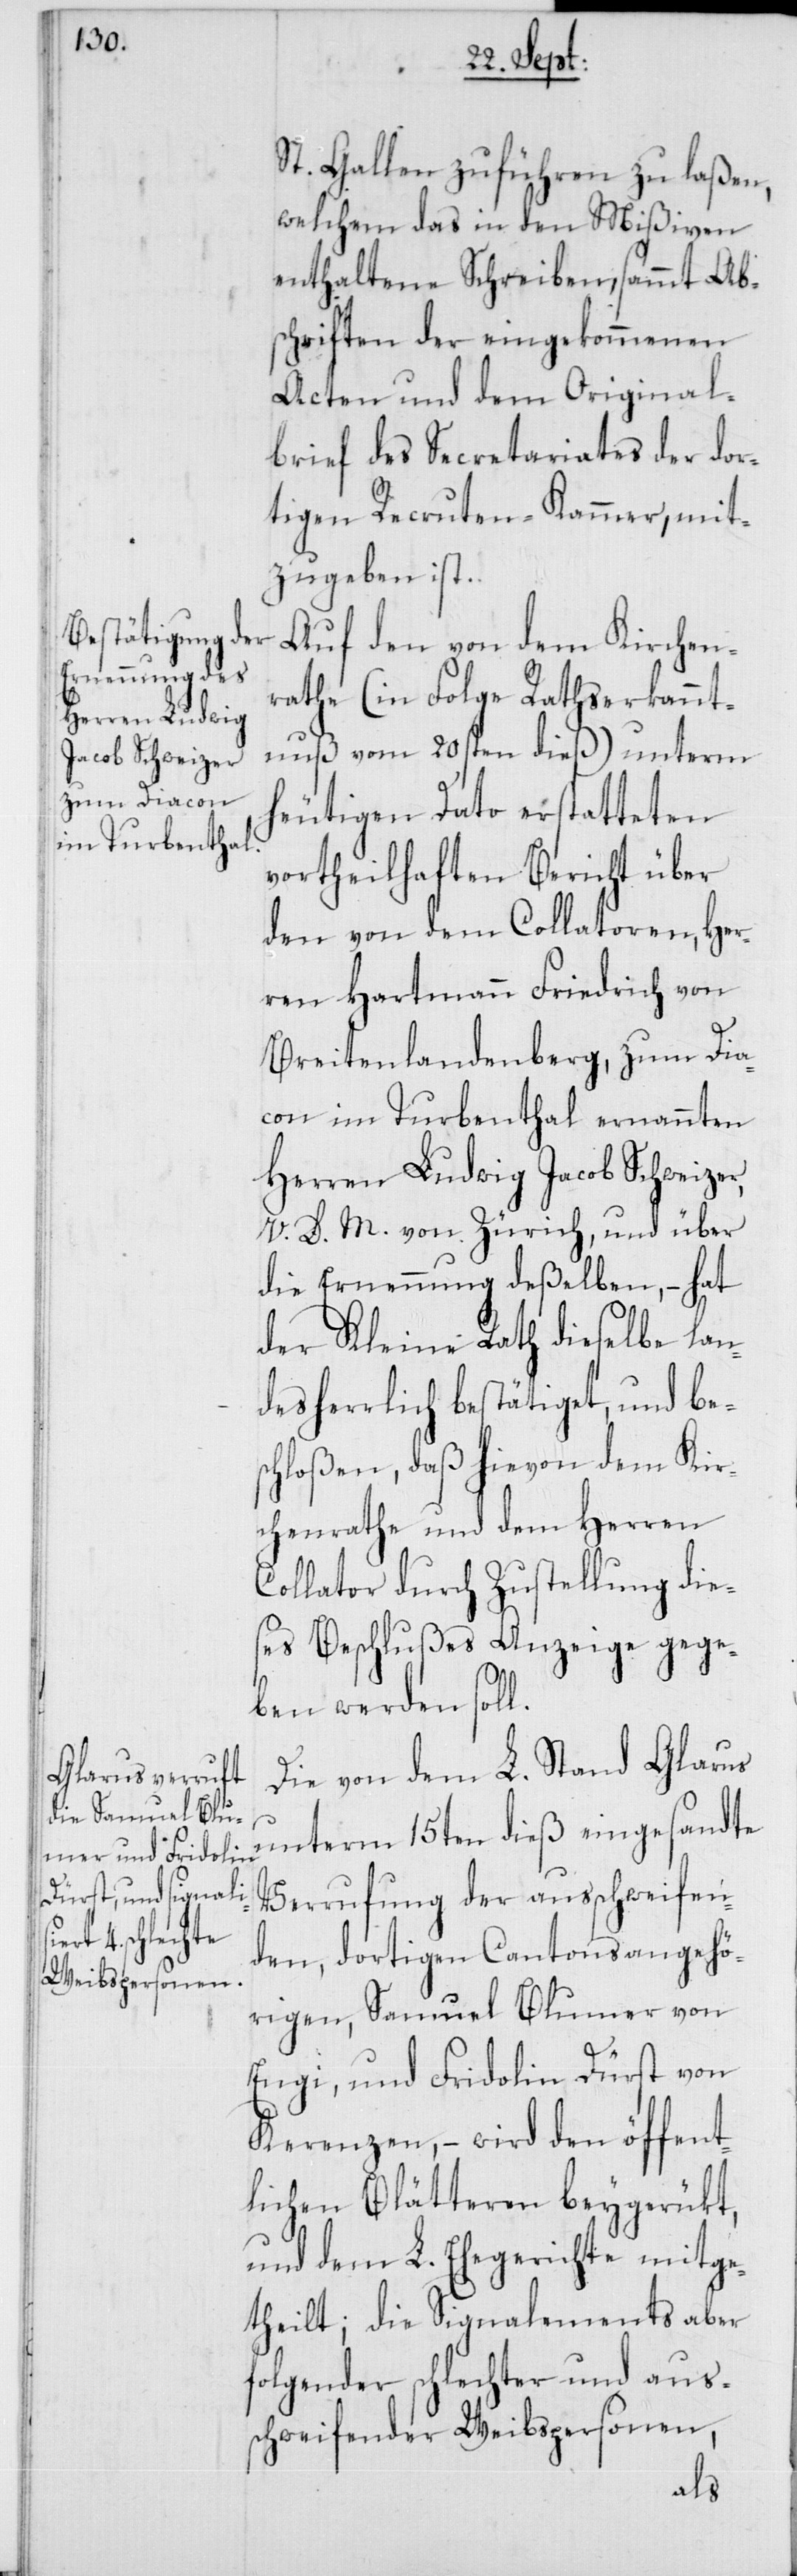
St. Gallen zuführen zu laßen,
welchem das in den Mißiven
enthaltene Schreiben, sammt Abs¬
chriften der eingekommenen
Acten und dem Original¬
brief des Secretariates der dor¬
tigen Recruten-Kammer, mit¬
zugeben ist.
Auf den von dem Kirchen¬
rathe (in Folge Rathserkannt¬
nuß vom 20sten dieß) unterm
heutigen Dato erstatteten
vortheilhaften Bericht über
den von dem Collatoren, Her¬
ren Hartmann Friedrich von
Breitenlandenberg, zum Dia¬
con im Turbenthal ernannten
Herren Ludwig Jacob Schweizer,
V. D. M. von Zürich, und über
die Ernennung deßelben, – hat
der Kleine Rath dieselbe lan¬
desherrlich bestätiget, und bes¬
chloßen, daß hievon dem Kir¬
chenrathe und dem Herren
Collator durch Zustellung die¬
ses Beschlußes Anzeige gege¬
ben werden soll.
Die von dem L. Stand Glarus
unterm 15ten dieß eingesandte
Verrufung der außchweifen¬
den, dortigen Cantonsangehö¬
rigen, Samuel Blumer von
Engi, und Fridolin Dürst von
Kerenzen, – wird den öffent¬
lichen Blätteren beygerükt,
und dem L. Ehegerichte mitge¬
theilt; die Signalements aber
folgender schlechter und auß¬
chweifender Weibspersonen,